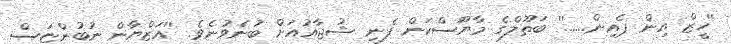
''ހީޒް އިން ޕެއިން......'' ބަތޫލްގެ މާޔޫސްކަން ފެނި ޝުޖާއުއަށް ބުނެވުނެވެ. ''އަޒްޔާން ނުބުންޏަސް